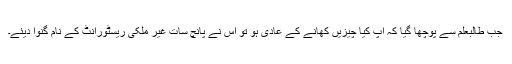
جب طالبعلم سے پوچھا گیا کہ آپ کیا چیزیں کھانے کے عادی ہو تو اس نے پانچ سات غیر ملکی ریسٹورانٹ کے نام گنوا دیئے۔